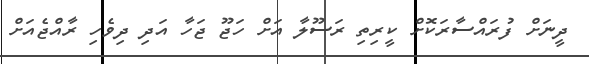
ދީނަށް ފުރައްސާރަކޮށް ކީރިތި ރަސޫލާ އަށް ހަޖޫ ޖަހާ އަދި ދިވެހި ރާއްޖެއަށް